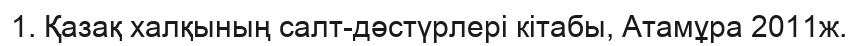
1. Қазақ халқының салт-дәстүрлері кітабы, Атамұра 2011ж.